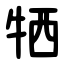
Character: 牺